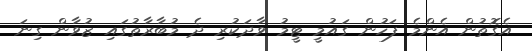
އެގޮތުން އެންމެ ފަހުން ގައުމީ ޓީމު ވާދަކުރި ދެ މުބާރާތުގައި ޒުވާން ގިނަ